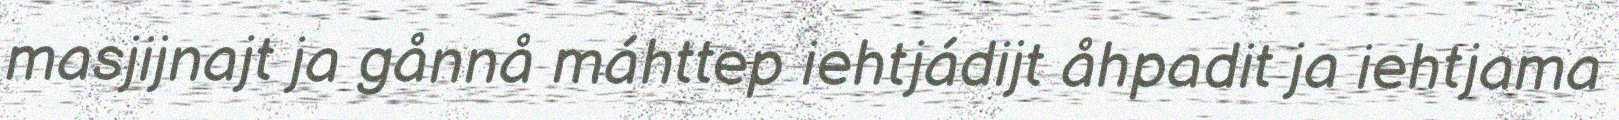
masjijnajt ja gånnå máhttep iehtjádijt åhpadit ja iehtjama